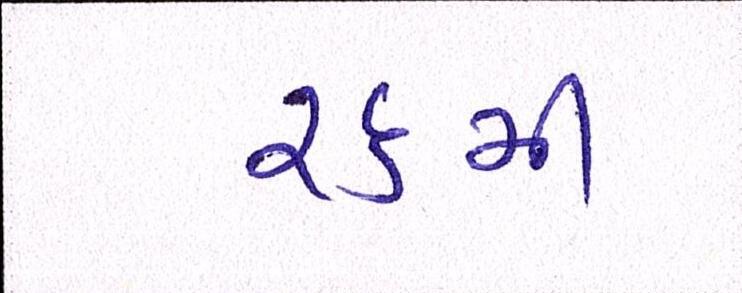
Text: ૨૬મી